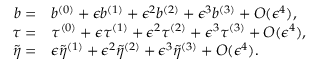
\begin{array} { r l } { b = } & { b ^ { ( 0 ) } + \epsilon b ^ { ( 1 ) } + \epsilon ^ { 2 } b ^ { ( 2 ) } + \epsilon ^ { 3 } b ^ { ( 3 ) } + O ( \epsilon ^ { 4 } ) , } \\ { \tau = } & { \tau ^ { ( 0 ) } + \epsilon \tau ^ { ( 1 ) } + \epsilon ^ { 2 } \tau ^ { ( 2 ) } + \epsilon ^ { 3 } \tau ^ { ( 3 ) } + O ( \epsilon ^ { 4 } ) , } \\ { \tilde { \eta } = } & { \epsilon \tilde { \eta } ^ { ( 1 ) } + \epsilon ^ { 2 } \tilde { \eta } ^ { ( 2 ) } + \epsilon ^ { 3 } \tilde { \eta } ^ { ( 3 ) } + O ( \epsilon ^ { 4 } ) . } \end{array}